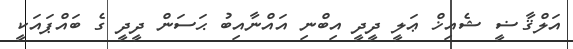
އަލްޤާޟީ ޝެއިޚް ޢަލީ ދީދީ އިބްނި އައްނާއިބު ޙަސަން ދީދީ ގެ ބައްޕައަކީ